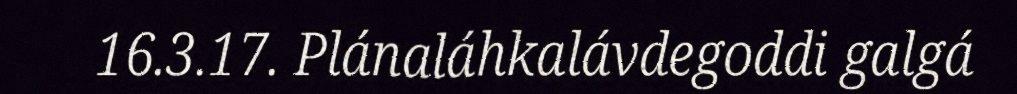
16.3.17. Plánaláhkalávdegoddi galgá